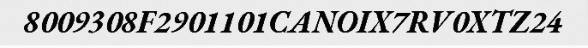
8009308F2901101CANOIX7RV0XTZ24